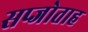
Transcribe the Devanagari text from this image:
सप्जोताह